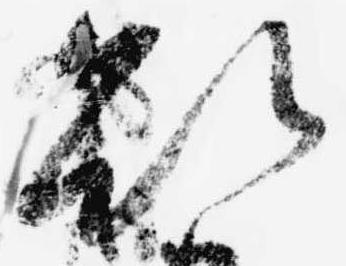
欲